NAE_EAOK_eestikeelsed_sunnimeetrikad, lk 199
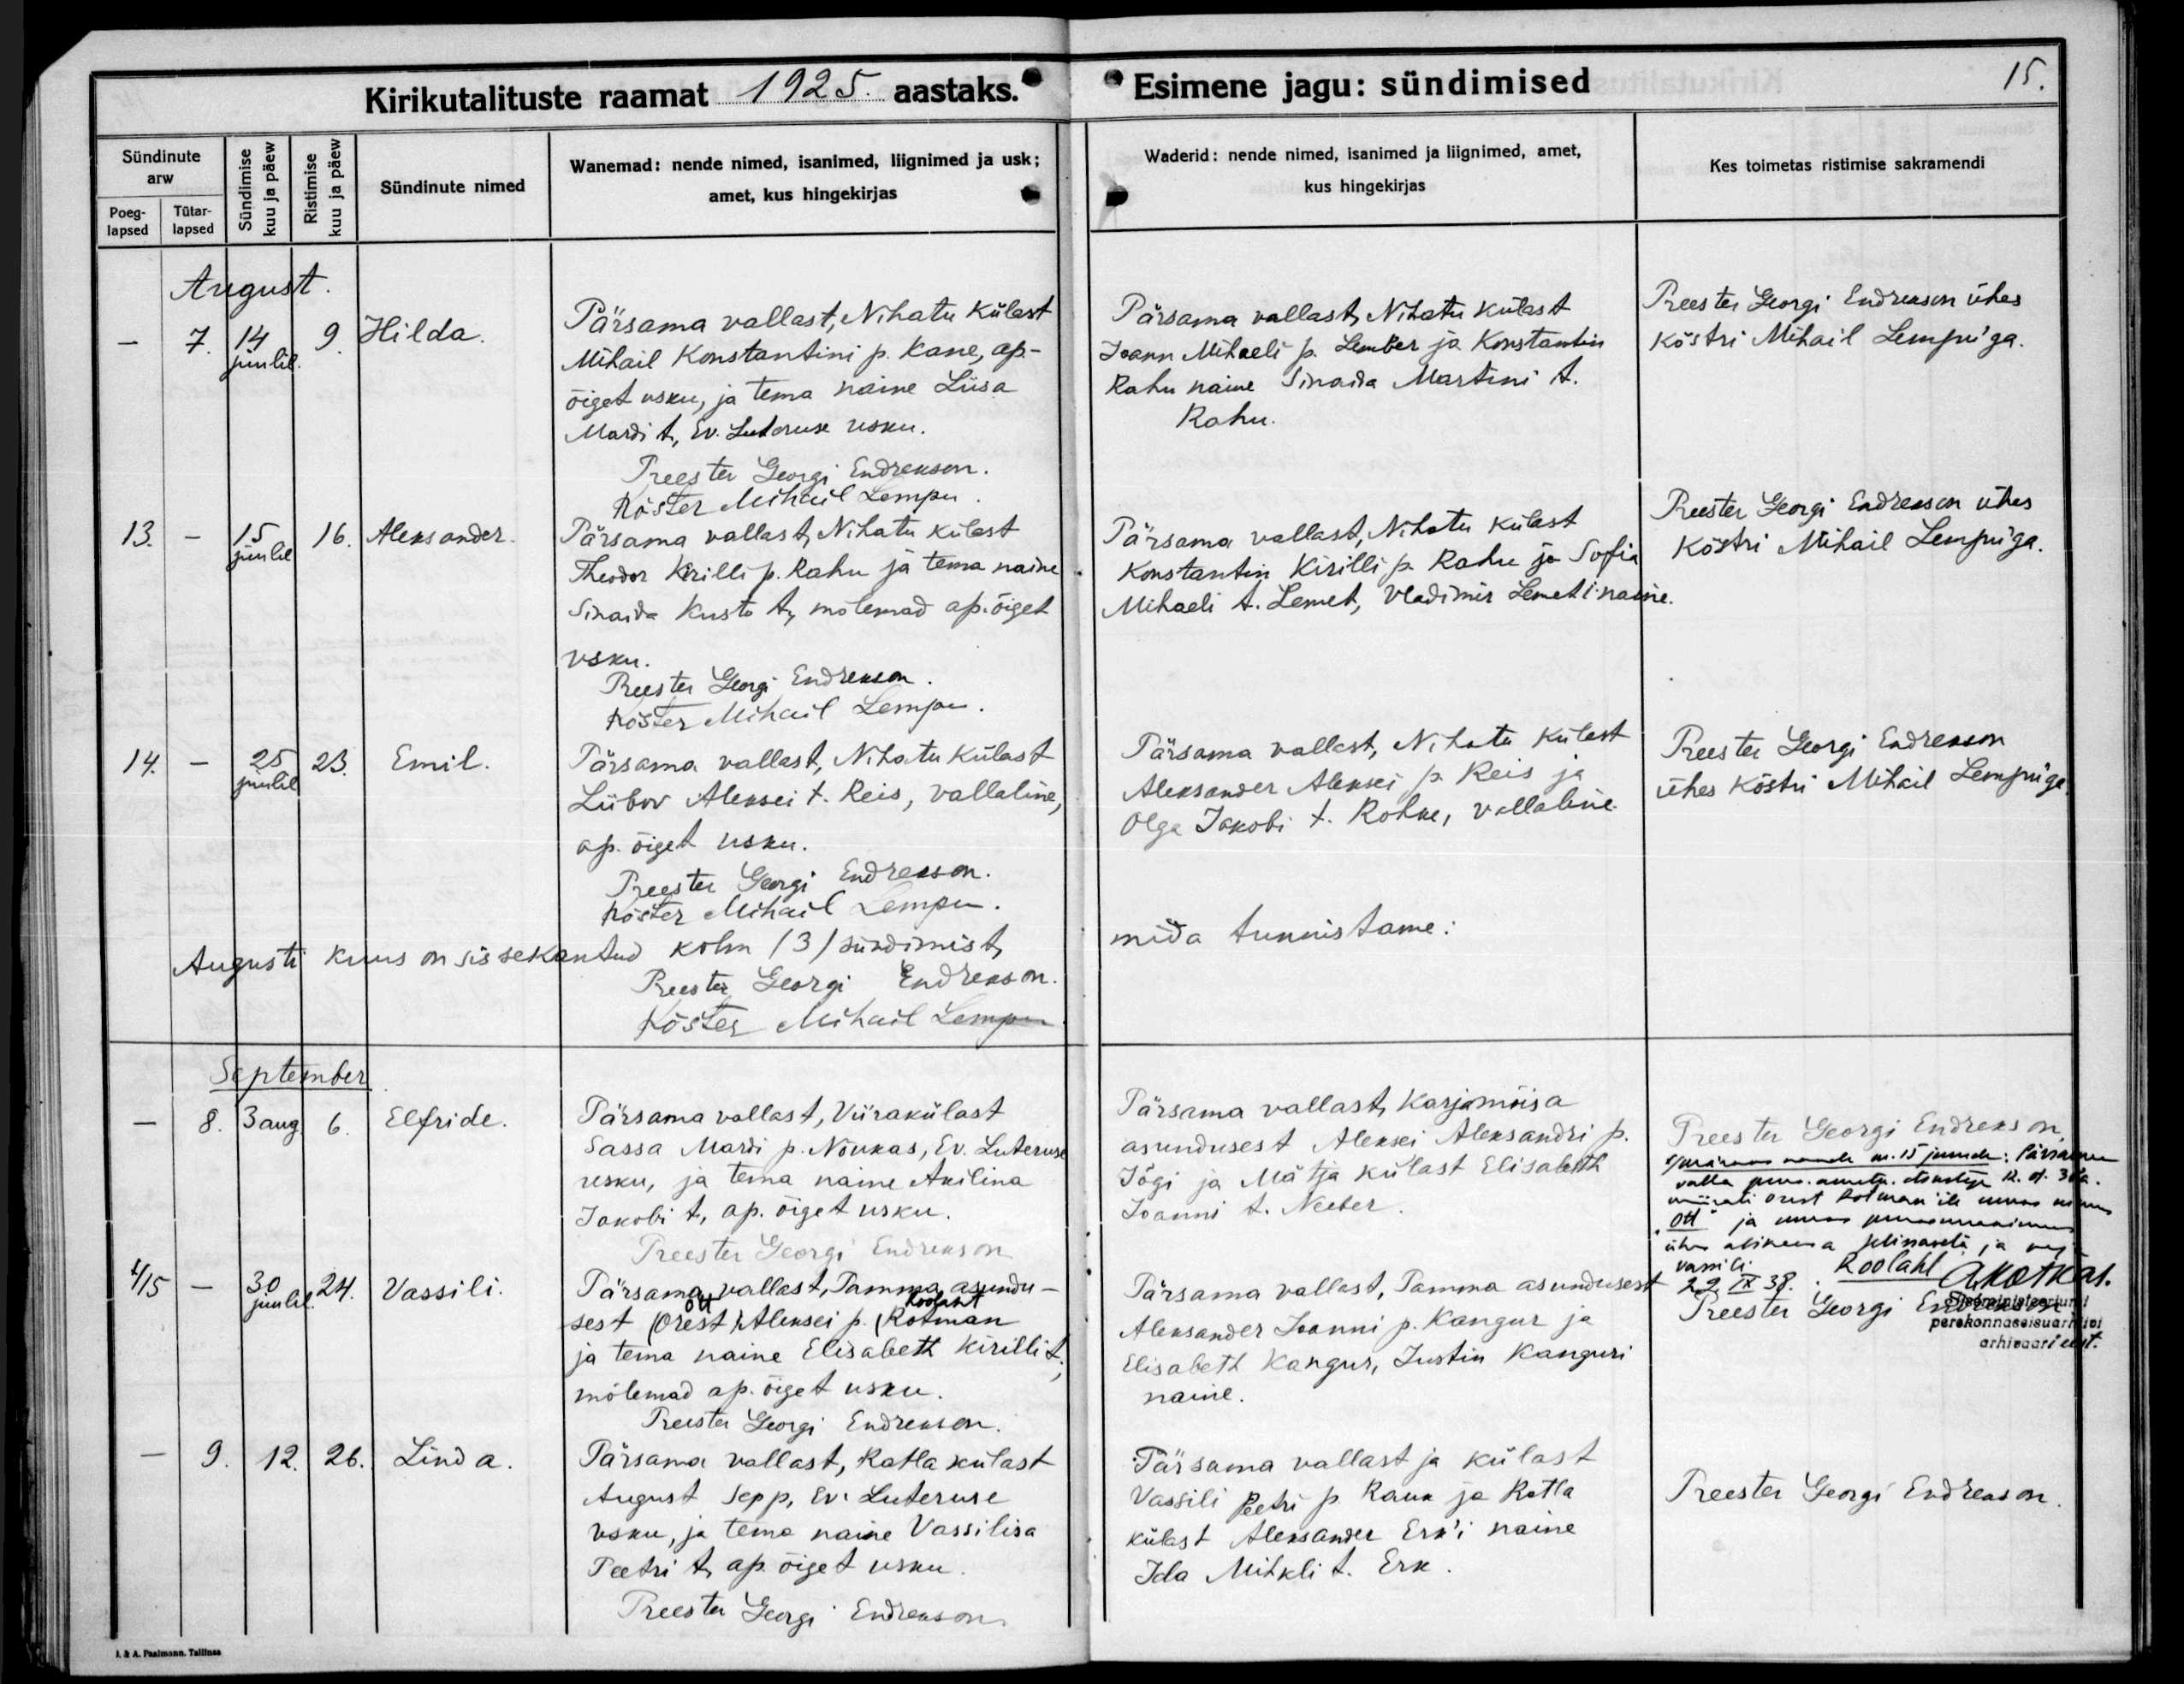
Hilda

Aleksander

Emil

Elfride

Vassili

Linda

Pärsama vallast, Nihatu külast
Mihail Konstantini p. Kane, ap.-
õiget usku, ja tema naine Liisa
Mardi t, Ev. Luteruse usku

Pärsama vallast, Nihatu külast
Theodor Kirilli p. Rahu ja tema naine
Sinaida Kusta t, mõlemad ap. õiget
usku.

Pärsama vallast, Nihatu külast
Liibov Aleksei t. Reis, vallaline,
ap. õiget usku.

Pärsama vallast, Viirakülast
Sassa Mardi p. Nõukas, Ev. Luteruse
usku, ja tema naine Akilina
Jakobi t, ap. õiget usku

Pärsama vallast , Tamaa asundu-
sest (Orest) Aleksei p. (Rotman
ja tema naine Elisabeth Kirilli t,
mõlemad ap. õiget usku.

Pärsama vallast, Ratla külast
August Sepp, Ev. Luteruse
usku, ja tema naine Vassilisa
Peetri t. ap. õiget usku.